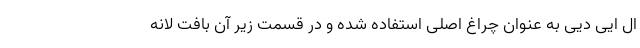
ال ایی دیی به عنوان چراغ اصلی استفاده شده و در قسمت زیر آن بافت لانه